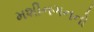
મશીનગનનો